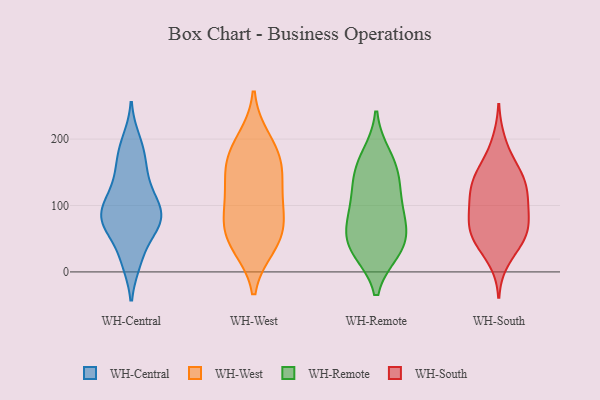
{"axis": {"x": "LTV (USD)", "y": "Value"}, "legend": ["WH-Central", "WH-Remote", "WH-South", "WH-West"], "data": [{"x": "", "y": 95, "type": "WH-Central"}, {"x": "", "y": 104, "type": "WH-Central"}, {"x": "", "y": 198, "type": "WH-Central"}, {"x": "", "y": 53, "type": "WH-Central"}, {"x": "", "y": 76, "type": "WH-Central"}, {"x": "", "y": 186, "type": "WH-Central"}, {"x": "", "y": 158, "type": "WH-Central"}, {"x": "", "y": 131, "type": "WH-Central"}, {"x": "", "y": 72, "type": "WH-Central"}, {"x": "", "y": 15, "type": "WH-Central"}, {"x": "", "y": 73, "type": "WH-Central"}, {"x": "", "y": 163, "type": "WH-Central"}, {"x": "", "y": 79, "type": "WH-Central"}, {"x": "", "y": 121, "type": "WH-Central"}, {"x": "", "y": 78, "type": "WH-Central"}, {"x": "", "y": 98, "type": "WH-Central"}, {"x": "", "y": 16, "type": "WH-Central"}, {"x": "", "y": 198, "type": "WH-West"}, {"x": "", "y": 154, "type": "WH-West"}, {"x": "", "y": 131, "type": "WH-West"}, {"x": "", "y": 57, "type": "WH-West"}, {"x": "", "y": 40, "type": "WH-West"}, {"x": "", "y": 91, "type": "WH-West"}, {"x": "", "y": 45, "type": "WH-West"}, {"x": "", "y": 111, "type": "WH-West"}, {"x": "", "y": 74, "type": "WH-West"}, {"x": "", "y": 177, "type": "WH-West"}, {"x": "", "y": 168, "type": "WH-West"}, {"x": "", "y": 159, "type": "WH-Remote"}, {"x": "", "y": 128, "type": "WH-Remote"}, {"x": "", "y": 33, "type": "WH-Remote"}, {"x": "", "y": 47, "type": "WH-Remote"}, {"x": "", "y": 36, "type": "WH-Remote"}, {"x": "", "y": 40, "type": "WH-Remote"}, {"x": "", "y": 142, "type": "WH-Remote"}, {"x": "", "y": 174, "type": "WH-Remote"}, {"x": "", "y": 97, "type": "WH-Remote"}, {"x": "", "y": 84, "type": "WH-Remote"}, {"x": "", "y": 78, "type": "WH-Remote"}, {"x": "", "y": 78, "type": "WH-South"}, {"x": "", "y": 159, "type": "WH-South"}, {"x": "", "y": 48, "type": "WH-South"}, {"x": "", "y": 100, "type": "WH-South"}, {"x": "", "y": 57, "type": "WH-South"}, {"x": "", "y": 130, "type": "WH-South"}, {"x": "", "y": 196, "type": "WH-South"}, {"x": "", "y": 129, "type": "WH-South"}, {"x": "", "y": 126, "type": "WH-South"}, {"x": "", "y": 87, "type": "WH-South"}, {"x": "", "y": 112, "type": "WH-South"}, {"x": "", "y": 89, "type": "WH-South"}, {"x": "", "y": 47, "type": "WH-South"}, {"x": "", "y": 18, "type": "WH-South"}, {"x": "", "y": 52, "type": "WH-South"}, {"x": "", "y": 142, "type": "WH-South"}, {"x": "", "y": 62, "type": "WH-South"}, {"x": "", "y": 156, "type": "WH-South"}]}